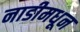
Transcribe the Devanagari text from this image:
नाडीमधून